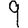
Digit: 9